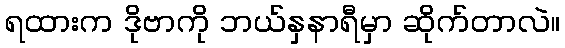
ရထားက ဒိုဗာကို ဘယ်နှနာရီမှာ ဆိုက်တာလဲ။